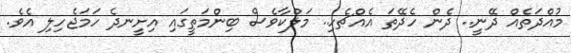
މުއްދަތެއް ދޭނީ.. ދެން ހެދޭތަ އެއްޗެހި.. މަލްކާވެސް ބިންމަތީގައި އިށީނދެ ހަމަޖެހިލި އެވެ.